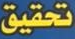
تحقيق